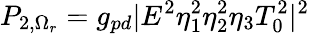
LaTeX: P_{2,\Omega_{r}}=g_{pd}|E^{2}\eta_{1}^{2}\eta_{2}^{2}\eta_{3}T_{0}^{2}|^{2}